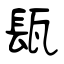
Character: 瓺